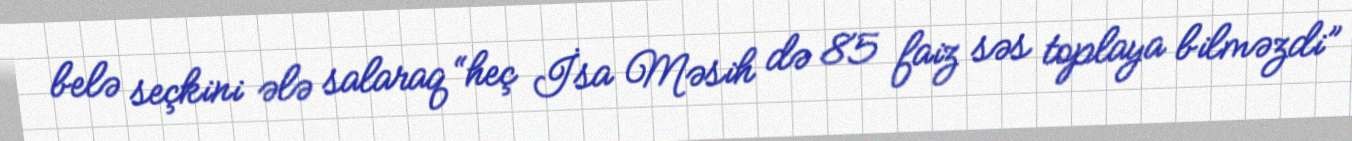
belə seçkini ələ salaraq “heç İsa Məsih də 85 faiz səs toplaya bilməzdi”